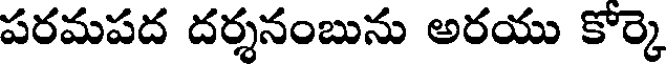
పరమపద దర్శనంబును అరయు కోర్కె